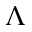
\Lambda